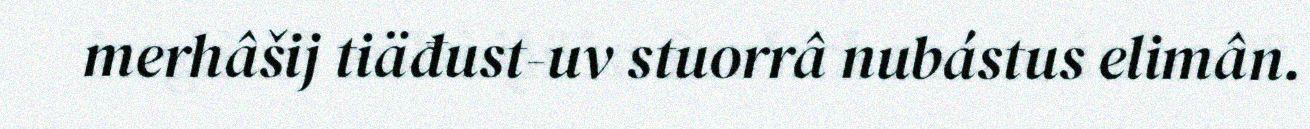
merhâšij tiäđust-uv stuorrâ nubástus elimân.